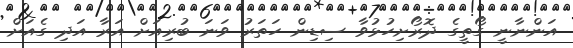
އަންނާނީ ގޯތީގެ ދޮރޯށިހުޅުވާ ސިޑިން ހަތަރު ވަނަ ބުރިއަށް އަރާ އަދި ގެއަށް